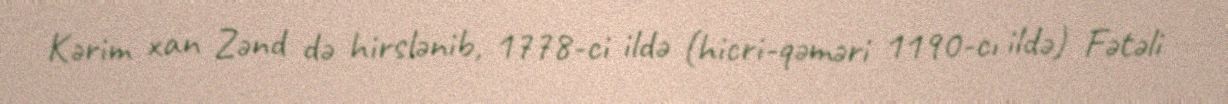
Kərim xan Zənd də hirslənib, 1778-ci ildə (hicri-qəməri 1190-cı ildə) Fətəli